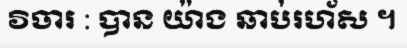
វិចារ : បាន យ៉ាង ឆាប់រហ័ស ។